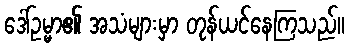
ဒေါ်ဥမ္မာ၏ အသံများမှာ တုန်ယင်နေကြသည်။